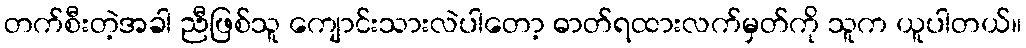
တက်စီးတဲ့အခါ ညီဖြစ်သူ ကျောင်းသားလဲပါတော့ ဓာတ်ရထားလက်မှတ်ကို သူက ယူပါတယ်။